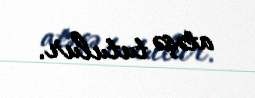
atəşə tutulur.